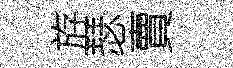
斿瑟賣